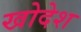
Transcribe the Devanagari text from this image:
खोदेश